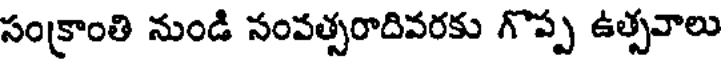
సంక్రాంతి నుండి సంవత్సరాదివరకు గొప్ప ఉత్సవాలు